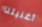
أغنيتنا